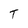
Character: T